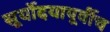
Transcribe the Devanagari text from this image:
सूर्योदयापूर्वीच